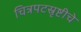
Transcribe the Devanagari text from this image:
चित्रपटस्रृष्टीचे